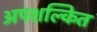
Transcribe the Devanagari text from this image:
अपशल्कित